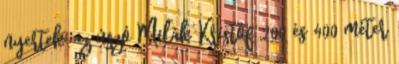
nyertek: az úszó Milák Kristóf 200 és 400 méter